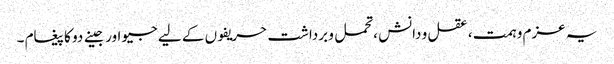
یہ عزم و ہمت ، عقل و دانش ،تحمل و برداشت حریفوں کے لیے جیو اور جینے دو کا پیغام ۔